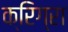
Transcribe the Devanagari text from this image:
क्रिग्रा